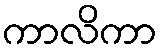
ကာလိကာ